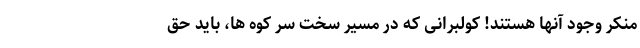
منکر وجود آنها هستند! کولبرانی که در مسیر سخت سر کوه ها، باید حق